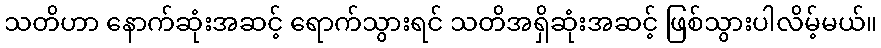
သတိဟာ နောက်ဆုံးအဆင့် ရောက်သွားရင် သတိအရှိဆုံးအဆင့် ဖြစ်သွားပါလိမ့်မယ်။